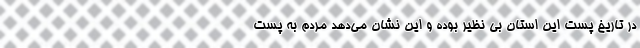
در تاریخ پست این استان بی نظیر بوده و این نشان می‌دهد مردم به پست